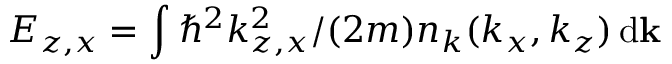
E _ { z , x } = \int \hbar ^ { 2 } k _ { z , x } ^ { 2 } / ( 2 m ) n _ { k } ( k _ { x } , k _ { z } ) \, \mathrm { d } { \bf k }